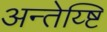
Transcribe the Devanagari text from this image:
अन्तेय्ष्टि